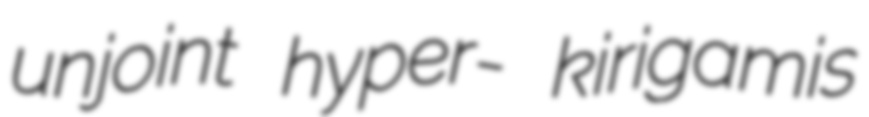
unjoint hyper- kirigamis